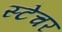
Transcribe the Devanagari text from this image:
स्टेचर